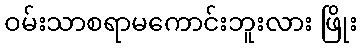
ဝမ်းသာစရာမကောင်းဘူးလား ဖြိုး